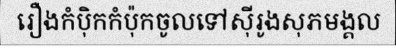
រឿងកំប៉ិកកំប៉ុកចូលទៅស៊ីរូងសុភមង្គល